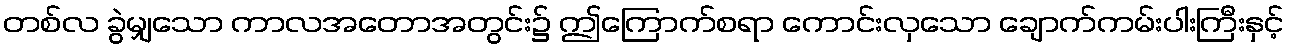
တစ်လ ခွဲမျှသော ကာလအတောအတွင်း၌ ဤကြောက်စရာ ကောင်းလှသော ချောက်ကမ်းပါးကြီးနှင့်